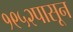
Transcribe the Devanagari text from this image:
१९५२पासून